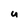
Character: U